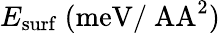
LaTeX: E_{\mathrm{surf}}~\mathrm{{(meV/\ AA^{2})}}